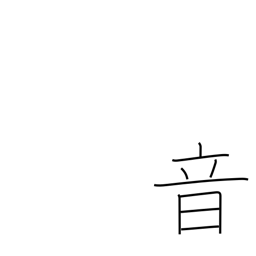
Meaning: sound